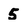
Character: 5